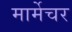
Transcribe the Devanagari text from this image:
मार्मेचर